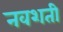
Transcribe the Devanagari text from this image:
नवशती